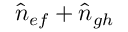
\hat { n } _ { e f } + \hat { n } _ { g h }